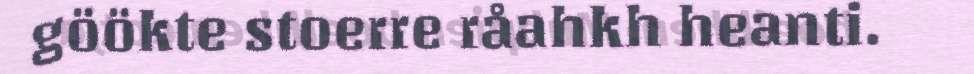
göökte stoerre råahkh heanti.